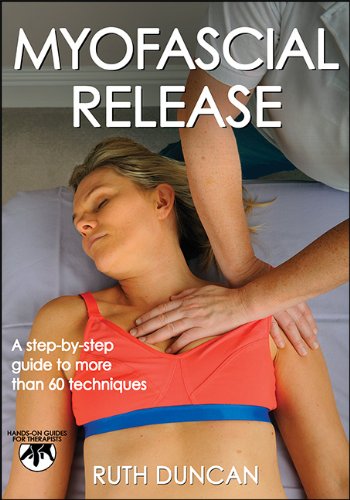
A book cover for Myofascial Release (Hands-On Guides for Therapists); Ruth Duncan; Health, Fitness & Dieting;